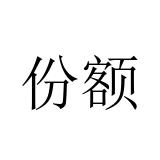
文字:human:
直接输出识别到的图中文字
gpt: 份额